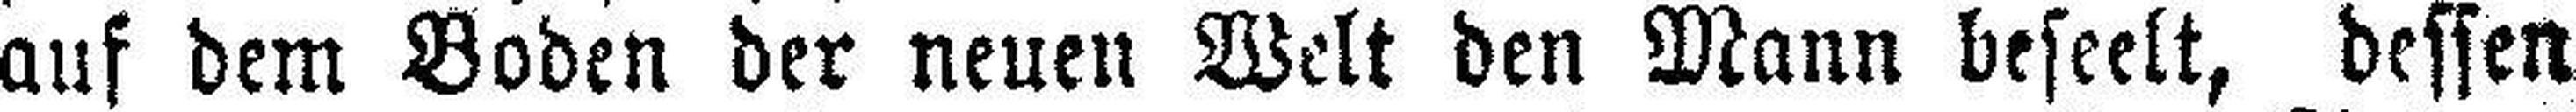
auf dem Boden der neuen Welt den Mann beseelt, dessen